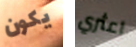
يكون اعثري